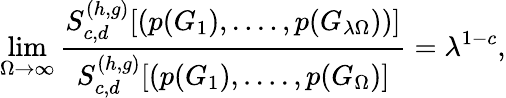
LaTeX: \operatorname*{lim}_{\Omega\to\infty}\frac{S_{c,d}^{(h,g)}[(p(G_{1}),....,p(G_{\lambda\Omega}))]}{S_{c,d}^{(h,g)}[(p(G_{1}),....,p(G_{\Omega})]}=\lambda^{1-c},